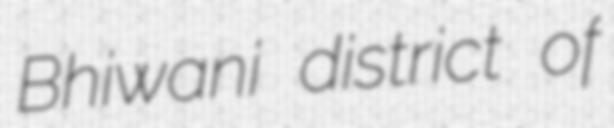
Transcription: Bhiwani district of